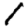
Digit: 1